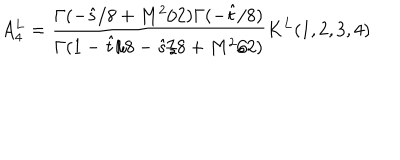
A _ { 4 } ^ { L } = { \frac { \Gamma ( - \hat { s } / 8 + M ^ { 2 } / 2 ) \Gamma ( - \hat { t } / 8 ) } { \Gamma ( 1 - \hat { t } / 8 - \hat { s } / 8 + M ^ { 2 } / 2 ) } } K ^ { L } ( 1 , 2 , 3 , 4 )